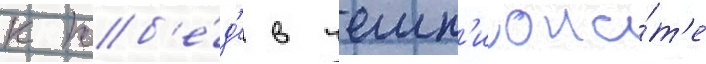
к поб'е́д'е в чемп'иона́т'е